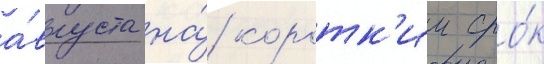
а́вгуста на́ коротк'ии сро́к